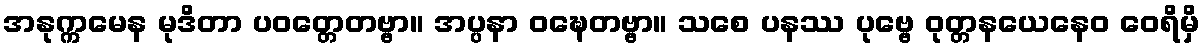
အနုက္ကမေန မုဒိတာ ပဝတ္တေတဗ္ဗာ။ အပ္ပနာ ဝဍ္ဎေတဗ္ဗာ။ သစေ ပနဿ ပုဗ္ဗေ ဝုတ္တနယေနေဝ ဝေရိမှိ